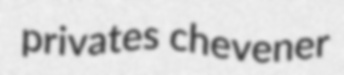
privates chevener